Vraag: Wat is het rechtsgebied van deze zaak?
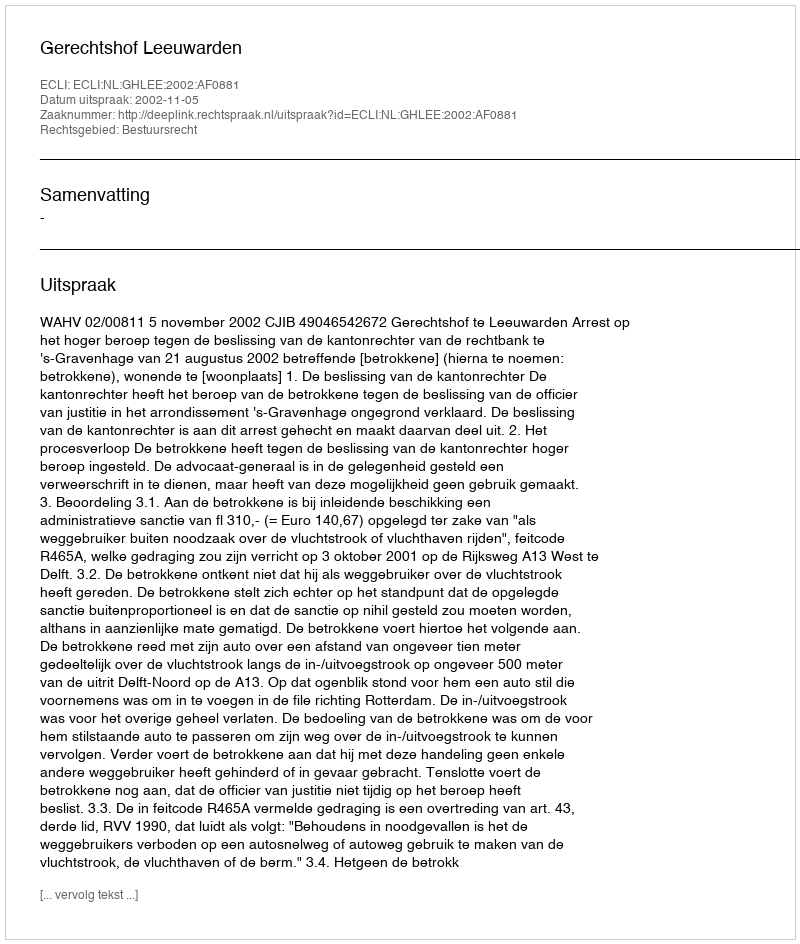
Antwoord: Bestuursrecht